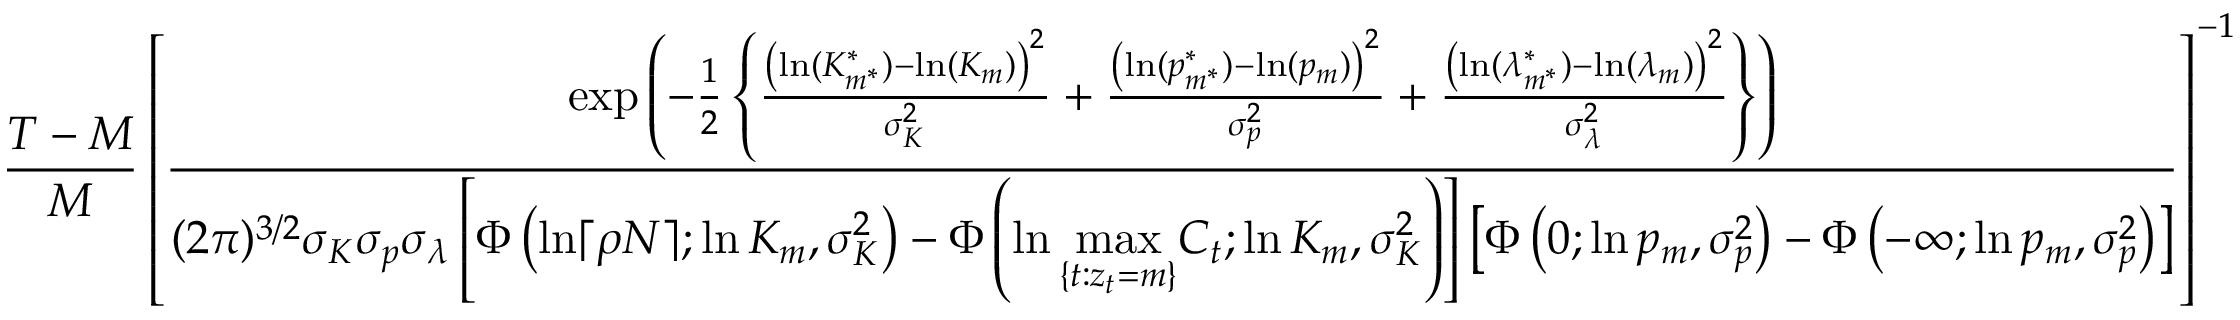
\frac { T - M } { M } \left[ \frac { \exp \left( - \frac { 1 } { 2 } \left\{ \frac { \left( \ln ( K _ { m ^ { * } } ^ { * } ) - \ln ( K _ { m } ) \right) ^ { 2 } } { \sigma _ { K } ^ { 2 } } + \frac { \left( \ln ( p _ { m ^ { * } } ^ { * } ) - \ln ( p _ { m } ) \right) ^ { 2 } } { \sigma _ { p } ^ { 2 } } + \frac { \left( \ln ( \lambda _ { m ^ { * } } ^ { * } ) - \ln ( \lambda _ { m } ) \right) ^ { 2 } } { \sigma _ { \lambda } ^ { 2 } } \right\} \right) } { ( 2 \pi ) ^ { 3 / 2 } \sigma _ { K } \sigma _ { p } \sigma _ { \lambda } \left[ \Phi \left( \ln \lceil \rho N \rceil ; \ln K _ { m } , \sigma _ { K } ^ { 2 } \right) - \Phi \left( \ln \underset { \{ t : z _ { t } = m \} } { \operatorname* { m a x } } C _ { t } ; \ln K _ { m } , \sigma _ { K } ^ { 2 } \right) \right] \left[ \Phi \left( 0 ; \ln p _ { m } , \sigma _ { p } ^ { 2 } \right) - \Phi \left( - \infty ; \ln p _ { m } , \sigma _ { p } ^ { 2 } \right) \right] } \right] ^ { - 1 }